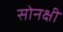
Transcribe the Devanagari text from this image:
सोनक्षी